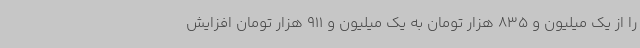
را از یک میلیون و 835 هزار تومان به یک میلیون و 911 هزار تومان افزایش